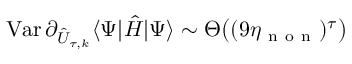
\operatorname { V a r } \partial _ { \hat { U } _ { \tau , k } } \langle \Psi | \hat { H } | \Psi \rangle \sim \Theta \big ( ( 9 \eta _ { \mathrm { ~ n ~ o ~ n ~ } } ) ^ { \tau } \big )